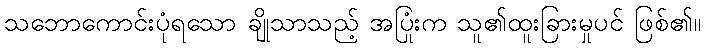
သဘောကောင်းပုံရသော ချိုသာသည့် အပြုံးက သူ၏ထူးခြားမှုပင် ဖြစ်၏။